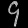
Digit: ၄